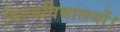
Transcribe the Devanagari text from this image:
विडवविद्यालयों।